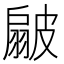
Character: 𭠊